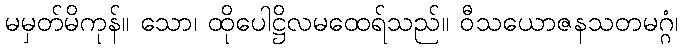
မမှတ်မိကုန်။ သော၊ ထိုပေါဋ္ဌိလမထေရ်သည်။ ဝီသယောဇနသတမဂ္ဂံ၊